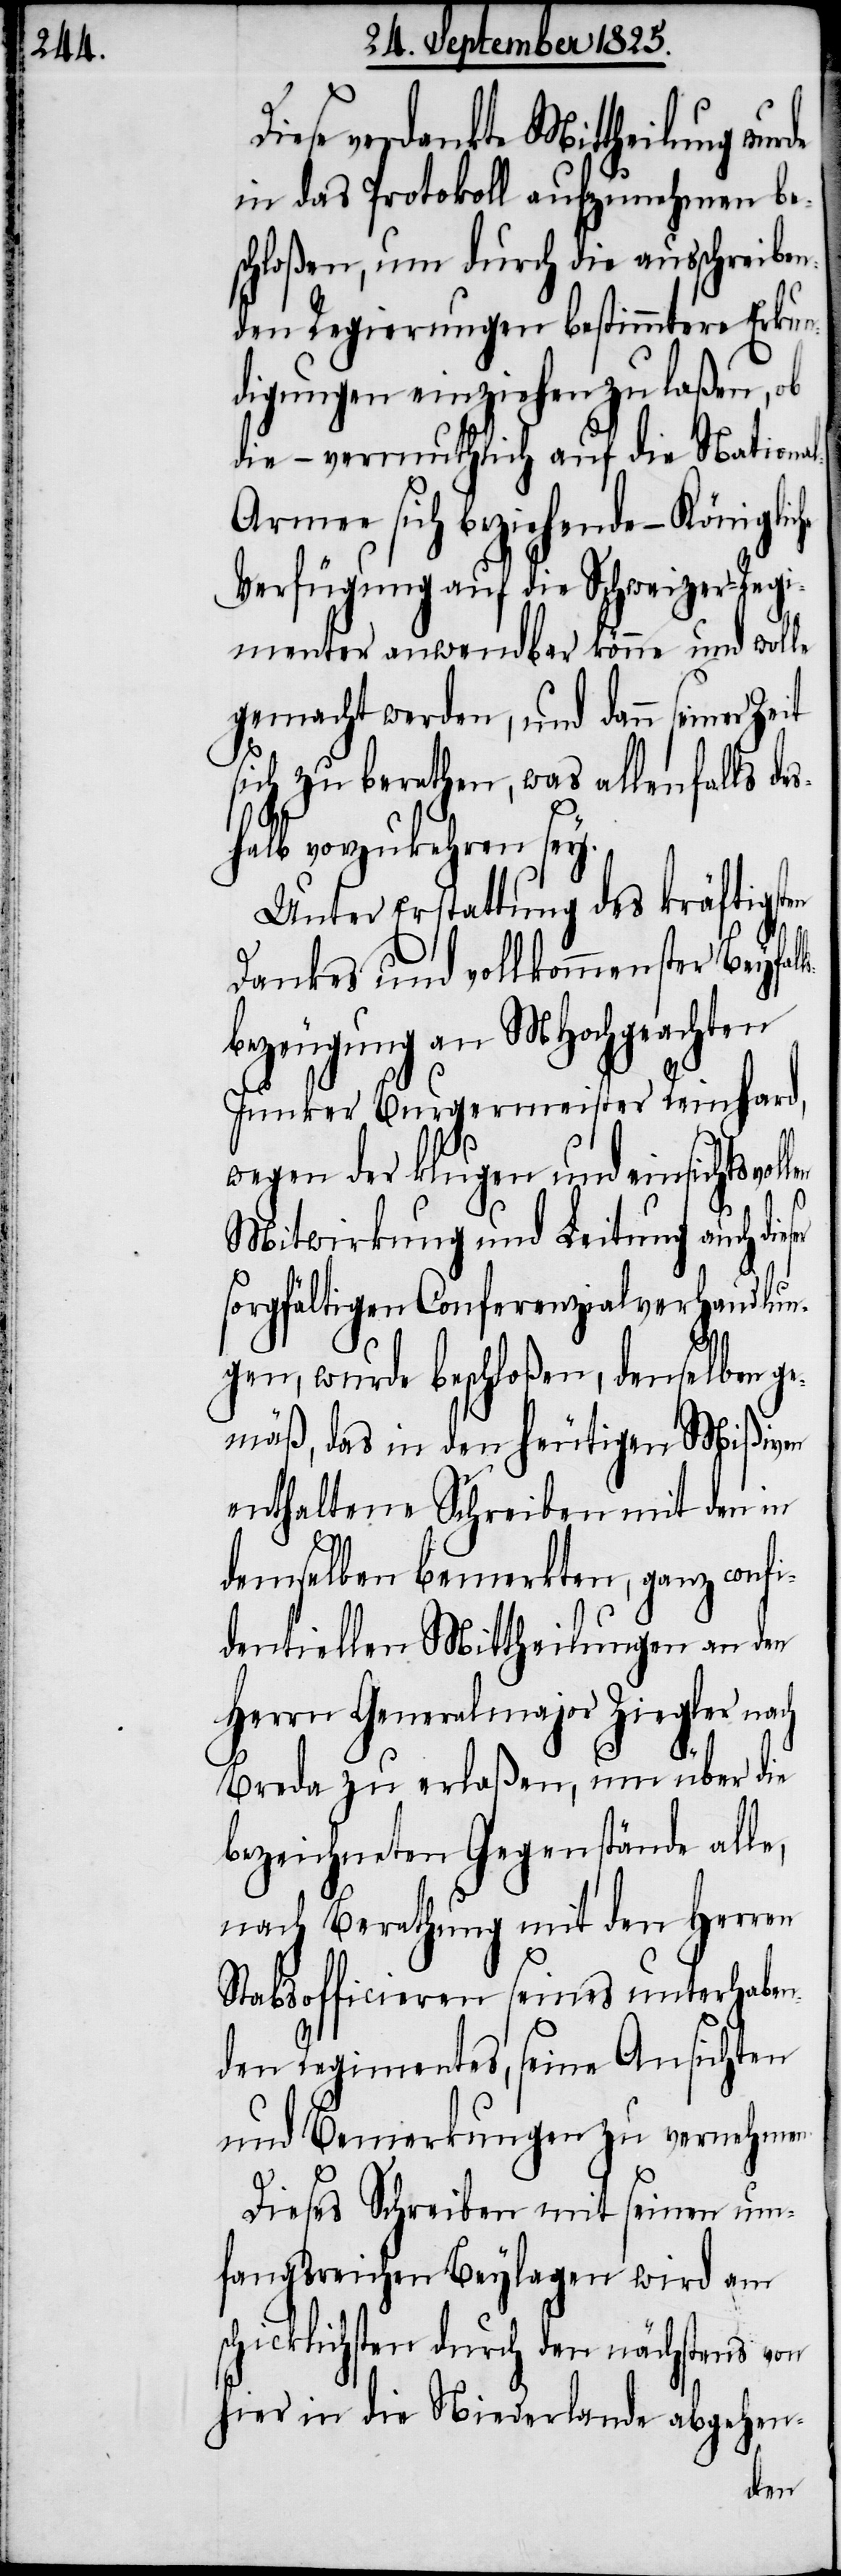
ese verdankte Mittheilung wu¬
in das Protokoll aufzunehmen be¬
schloßen, um durch die ausschreiben¬
den Regierungen bestimmtere Erkun¬
digungen einziehen zu laßen, ob
die – vermuthlich auf die Nationa¬
l-Armee sich beziehende- – Königli¬
Verfügung auf die Schweizer-Regi¬
menter anwendbar könne und wolle
gemacht werden, und dann seiner Zeit
sich zu berathen, was allenfalls de¬
shalb vorzukehren sey.
Unter Erstattung des kräftigsten
Dankes und vollkommenster Beyfal¬
bezeugung an MHochgeachten
Junker Burgermeister Reinhard,
wegen der klugen und einsichtsvol¬
ch
Mitwirkung und Leitung auch dieser
sorgfältigen Conferenzialverhandlun¬
ls¬
gen, wurde beschloßen, demselben ge¬
mäß, das in den heutigen Mißiven
enthaltene Schreiben mit den in
demselben bemerkten, ganz confi¬
dentiellen Mittheilungen an den
Herrn Generalmajor Ziegler na¬
Breda zu erlaßen, um über die
bezeichneten Gegenstände alle,
nach Berathung mit den Herren
Stabsofficieren seines unterhaben¬
den Regimentes, seine Ansichten
und Bemerkungen zu vernehmen.
Dieses Schreiben mit seinen um¬
fangreichen Beylagen wird am
schicklichsten durch den nächstens von
hier in die Niederlande abgehen-
len